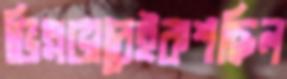
ভিন্নভাবেইকশছিল